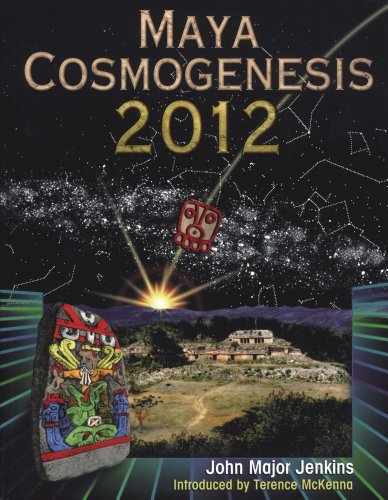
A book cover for Maya Cosmogenesis 2012: The True Meaning of the Maya Calendar End-Date; John Major Jenkins; Calendars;